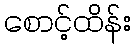
စောင့်ထိန်း